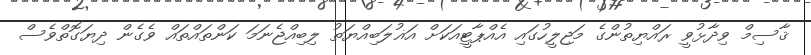
ޤާސިމް ވިދާޅުވީ ރައްޔިތުންގެ މަޖިލީހުގައި އެއްޕާޓީއަކަށް އަޣުލަބިއްޔަތު ލިބިއްޖެނަމަ ކަންތައްތައް ވެގެން ދިޔަގޮތްވެސް